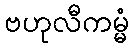
ဗဟုလီကမ္မံ